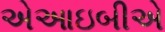
એઆઇબીએ